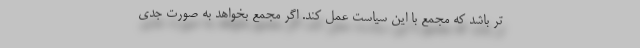
تر باشد که مجمع با این سیاست عمل کند. اگر مجمع بخواهد به صورت جدی